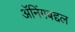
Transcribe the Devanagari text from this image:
ॲनिंगबद्दल